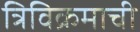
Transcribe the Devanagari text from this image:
त्रिविक्रमाची